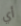
أي